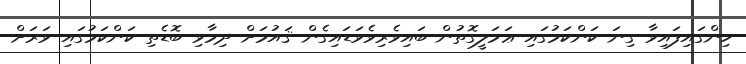
ހިންގައިފައިވާ ގިނަ ކަންކަމުގައި ޢަމަލީގޮތުން ބައިވެރިވެވަޑައިގެން ޤައުމަށް ދިމާވި ބޮޑެތި ކަންކަމުގައި ވަރަށް